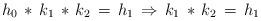
LaTeX: \begin{align*}h_0\,*\, k_1\, *\, k_2\, =\, h_1 \, \Rightarrow \, k_1\, *\, k_2\, =\, h_1\end{align*}